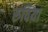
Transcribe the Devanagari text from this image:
रुविया